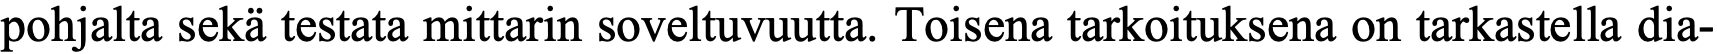
pohjalta sekä testata mittarin soveltuvuutta. Toisena tarkoituksena on tarkastella dia-